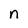
Character: n